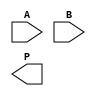
module wallace_tree_multiplier #(parameter N = 4) (
    input [N-1:0] A,
    input [N-1:0] B,
    output [2*N-1:0] P
);
    wire [N-1:0] pp [N-1:0]; // Partial products
    wire [2*N-1:0] sum [N-1:0]; // Sums at different stages
    wire [2*N-1:0] carry [N-1:0]; // Carries at different stages

    // Generate Partial Products
    genvar i, j;
    generate
        for (i = 0; i < N; i = i + 1) begin : pp_gen
            for (j = 0; j < N; j = j + 1) begin : and_gen
                assign pp[i][j] = A[j] & B[i]; // AND operation to create partial products
            end
        end
    endgenerate

    // Wallace Tree Reduction
    // Stage 1: Reduce the partial products
    wire [N-1:0] sum1, carry1;
    generate
        for (i = 0; i < N; i = i + 1) begin : reduction_stage1
            if (i % 3 == 0) begin
                assign sum1 = pp[i] + pp[i+1] + pp[i+2]; // Add three partial products
                assign carry1 = {1'b0, carry1[N-1:1]} + {1'b0, pp[i+2][N-1:1]};
            end
        end
    endgenerate

    // Stage 2: Further reduction until two rows are left
    // This process can be repeated as needed
    // For simplicity, assume we have a direct reduction to the final sum

    // Final addition of the last two rows
    // You can implement a more complex adder for better performance
    assign P = sum1 + carry1; // Final product

endmodule